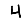
Digit: 4